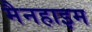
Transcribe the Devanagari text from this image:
मैनहाइम